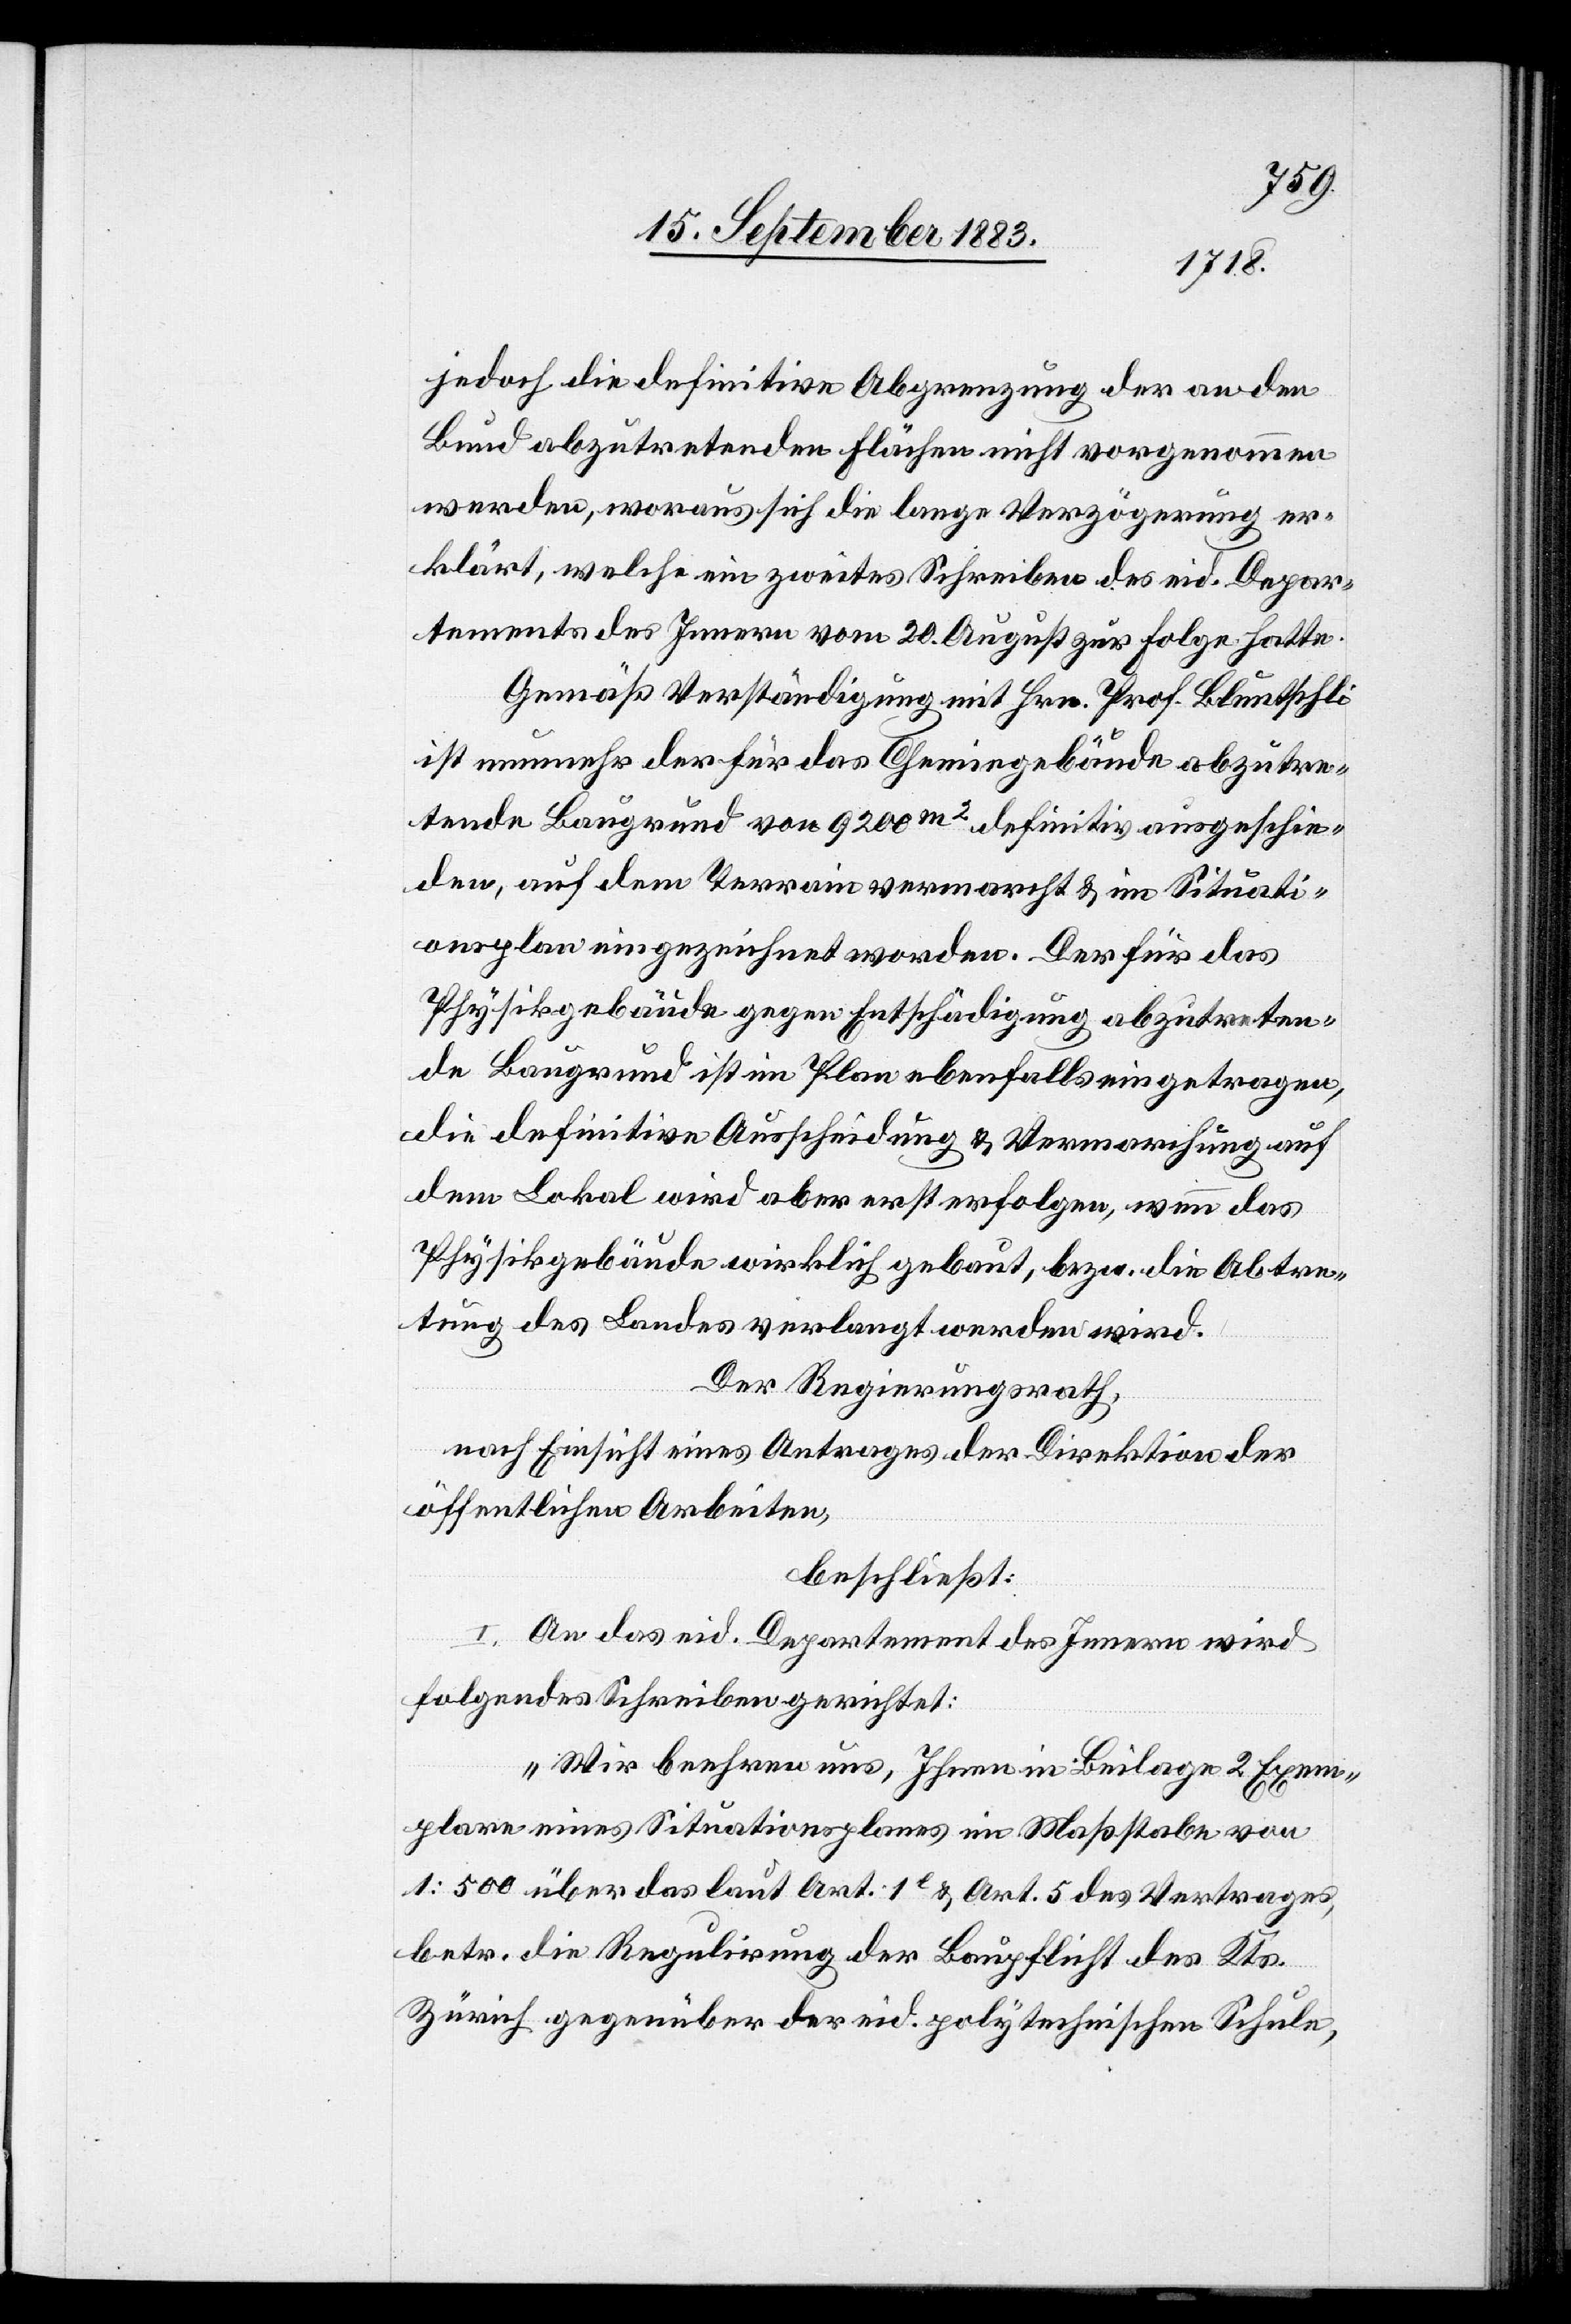
jedoch die definitive Abgrenzung der an den
Bund abzutretenden Flächen nicht vorgenommen
werden, woraus sich die lange Verzögerung er¬
klärt, welche ein zweites Schreiben des eid. Depar¬
tements der Innern vom 20. August zur Folge hatte.
Gemäß Verständigung mit Hrn. Prof. Bluntschli
ist nunmehr der für das Chemiegebäude abzutre¬
tende Baugrund von 9200m2 definitiv ausgeschie¬
den, auf dem Terrain vermarcht & im Situati¬
onsplan eingezeichnet worden. Der für das
Physikgebäude gegen Entschädigung abzutreten¬
de Baugrund ist im Plan ebenfalls eingetragen,
die definitive Ausscheidung & Vermarchung auf
dem Lokal wird aber erst erfolgen, wenn das
Physikgebäude wirklich gebaut, bezw. die Abtre¬
tung des Landes verlangt werden wird.
Der Regierungsrath,
nach Einsicht eines Antrages der Direktion der
öffentlichen Arbeiten,
beschließt:
I.
An das eid. Departement des Innern wird
folgendes Schreiben gerichtet:
„Wir beehren uns, Ihnen in Beilage 2 Exem¬
plare eines Situationsplanes im Maßstabe
1:500 über das laut Art. 1[?e] & Art. 5 des Vertrages,
betr. die Regulirung der Baupflicht des Kts.
Zürich gegenüber der eid. polytechnischen Schule,